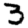
Digit: 3